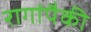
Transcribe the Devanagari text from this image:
रागांपैकी